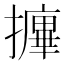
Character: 𰔷